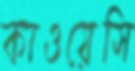
কাওয়েসি